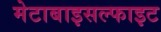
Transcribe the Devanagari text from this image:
मेटाबाइसल्फाइट